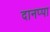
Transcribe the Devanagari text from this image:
दानप्पा